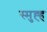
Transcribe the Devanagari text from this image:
स्मुह्ह